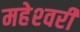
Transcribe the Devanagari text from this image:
महेश्‍वरी